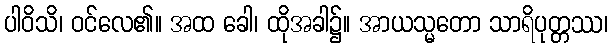
ပါဝိသိ၊ ဝင်လေ၏။ အထ ခေါ၊ ထိုအခါ၌။ အာယသ္မတော သာရိပုတ္တဿ၊